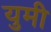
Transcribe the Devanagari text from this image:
युमी